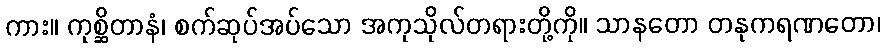
ကား။ ကုစ္ဆိတာနံ၊ စက်ဆုပ်အပ်သော အကုသိုလ်တရားတို့ကို။ သာနတော တနုကရဏတော၊